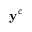
\mathbf { y } ^ { c }